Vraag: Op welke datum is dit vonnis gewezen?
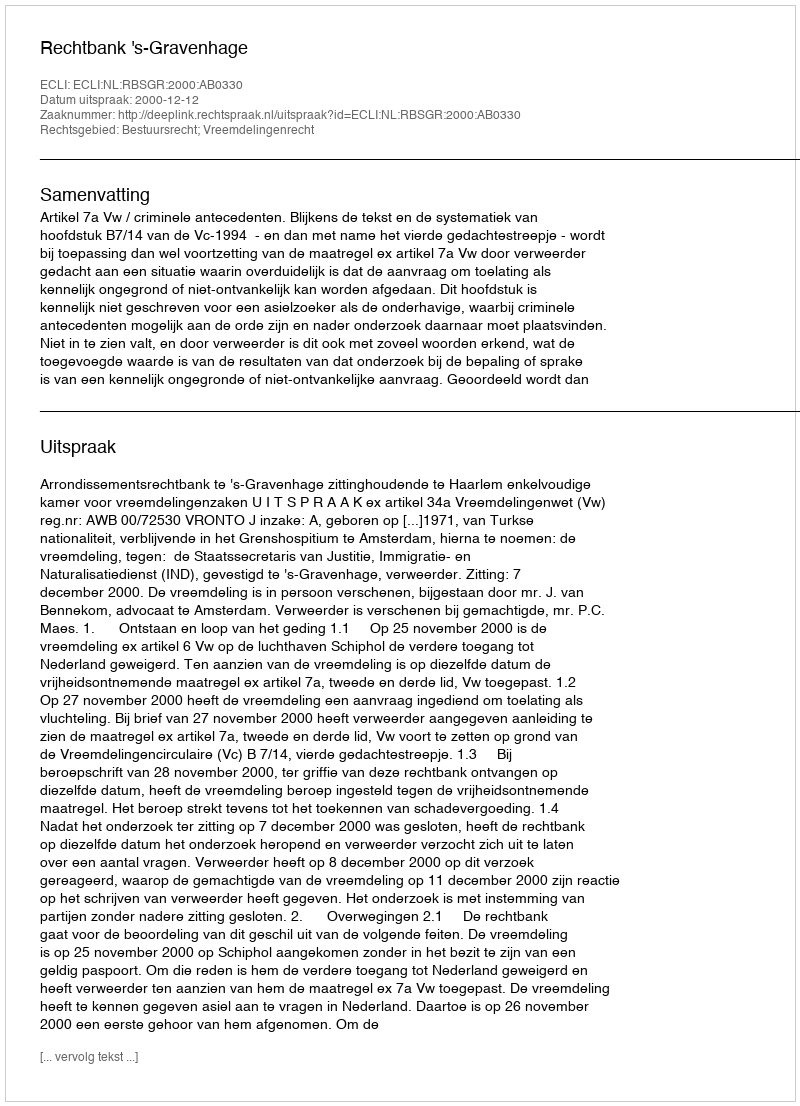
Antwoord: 2000-12-12